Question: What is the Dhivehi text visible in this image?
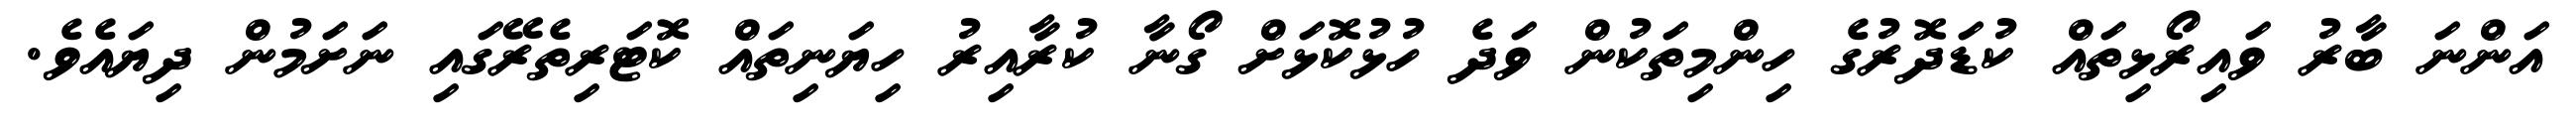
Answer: އަންނަ ބާރު ވައިރޯޅިތައް ކުޑަދޮރުގެ ހިންމިތަކުން ވަދެ ހުޅުކޮޅަށް ގޯނާ ކުރާއިރު ހިޔަނިތައް ކޮޓަރިތެރޭގައި ނަށަމުން ދިޔައެވެ.